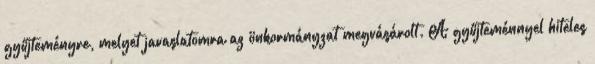
gyűjteményre, melyet javaslatomra az önkormányzat megvásárolt. A gyűjteménnyel hiteles